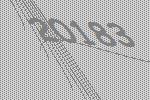
20183